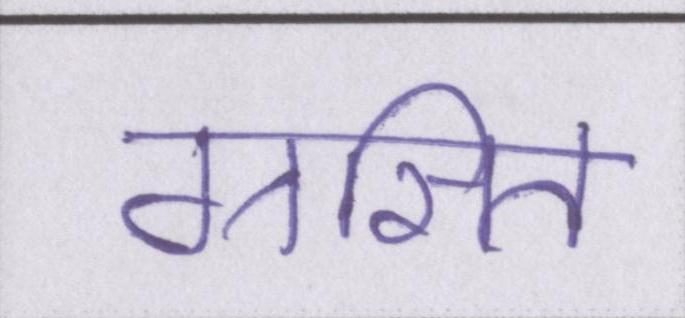
ग्रसित